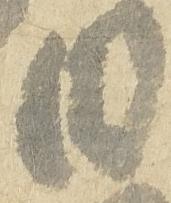
日